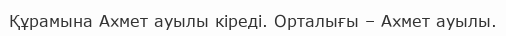
Құрамына Ахмет ауылы кіреді. Орталығы – Ахмет ауылы.